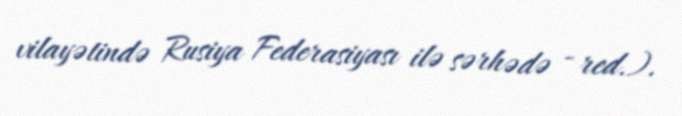
vilayətində Rusiya Federasiyası ilə sərhədə - red.).